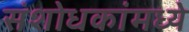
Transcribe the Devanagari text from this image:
संशोधकांमध्ये